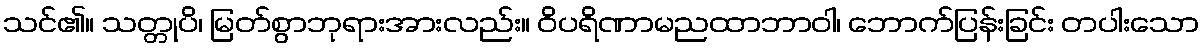
သင်၏။ သတ္တုပိ၊ မြတ်စွာဘုရားအားလည်း။ ဝိပရိဏာမညထာဘာဝါ၊ ဘောက်ပြန်းခြင်း တပါးသော